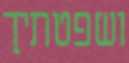
ושפטתיך